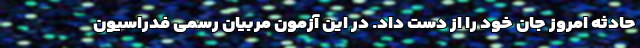
حادثه امروز جان خود را از دست داد. در این آزمون مربیان رسمی فدراسیون